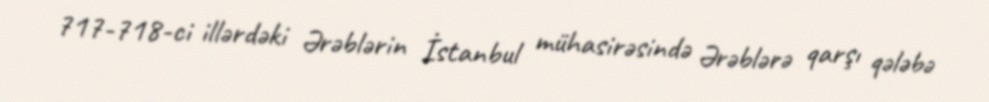
717-718-ci illərdəki Ərəblərin İstanbul mühasirəsində Ərəblərə qarşı qələbə